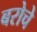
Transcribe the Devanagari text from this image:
बरोचे